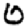
Digit: 0